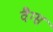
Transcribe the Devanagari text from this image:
वैग्स